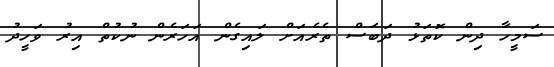
ސަމީހާ ދިން ކޮތަޅު ދަބަސް ތެރެއަށް ލައިގެން އަހަރެން ނުކުތް އިރު ވަހީދު